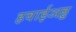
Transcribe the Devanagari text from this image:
हवाईअड्ड